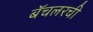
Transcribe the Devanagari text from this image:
बॅचलरची